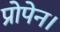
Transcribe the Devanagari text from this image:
प्रोपेन।